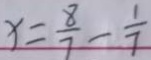
x = \frac { 8 } { 7 } - \frac { 1 } { 7 }